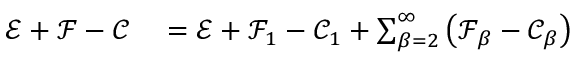
\begin{array} { r l } { \mathcal { E } + \mathcal { F } - \mathcal { C } } & { { } = \mathcal { E } + \mathcal { F } _ { 1 } - \mathcal { C } _ { 1 } + \sum _ { \beta = 2 } ^ { \infty } \left( \mathcal { F } _ { \beta } - \mathcal { C } _ { \beta } \right) } \end{array}